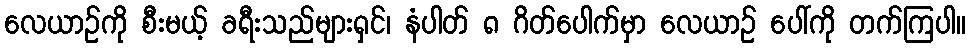
လေယာဉ်ကို စီးမယ့် ခရီးသည်များရှင်၊ နံပါတ် ၈ ဂိတ်ပေါက်မှာ လေယာဉ် ပေါ်ကို တက်ကြပါ။